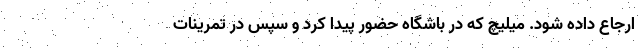
ارجاع داده شود. میلیچ که در باشگاه حضور پیدا کرد و سپس در تمرینات